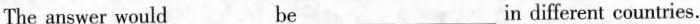
The answer would___be___ ___ n different countries.。